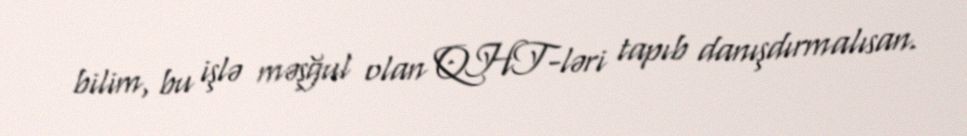
bilim, bu işlə məşğul olan QHT-ləri tapıb danışdırmalısan.